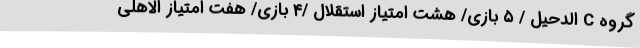
گروه C الدحیل / ۵ بازی/ هشت امتیاز استقلال /۴ بازی/ هفت امتیاز الاهلی